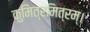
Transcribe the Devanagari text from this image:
कुमित्रमित्रम्।